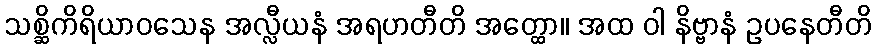
သစ္ဆိကိရိယာဝသေန အလ္လီယနံ အရဟတီတိ အတ္ထော။ အထ ဝါ နိဗ္ဗာနံ ဥပနေတီတိ